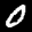
Label: 0